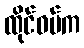
ထိုင်ဝမ်က